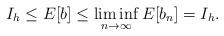
LaTeX: \begin{align*}I_h \leq E[b]\leq \liminf_{n\to\infty}E[b_n]=I_h.\end{align*}